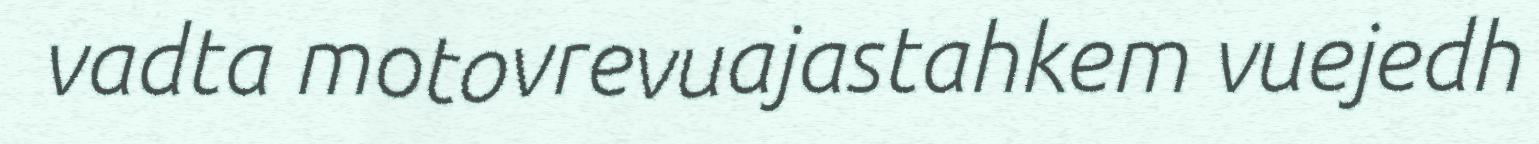
vadta motovrevuajastahkem vuejedh